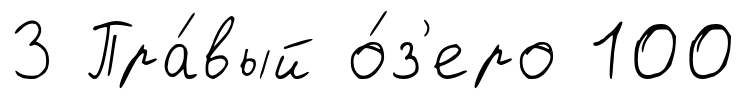
3 Пра́вый о́з'еро 100